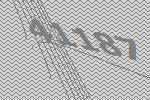
41187